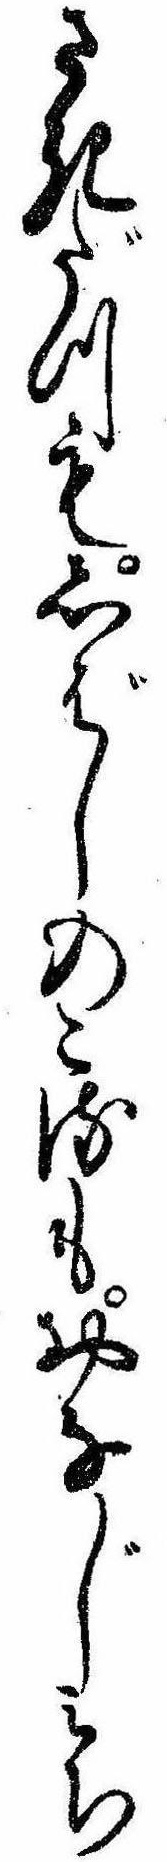
さきだつもしばしのこるもおなじミち